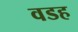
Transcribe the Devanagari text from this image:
वडह